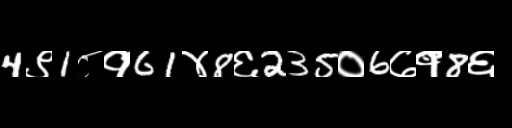
Text: 4९1८१61४8६235०6७१8६